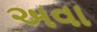
અવા